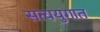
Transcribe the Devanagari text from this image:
सत्ययुगात